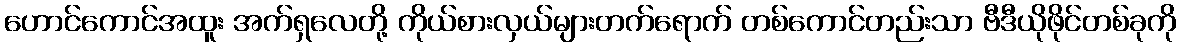
ဟောင်ကောင်အထူး အက်ရှလေတို့ ကိုယ်စားလှယ်များတက်ရောက် တစ်ကောင်တည်းသာ ဗီဒီယိုဖိုင်တစ်ခုကို